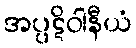
အပ္ပဋိဝါနီယံ